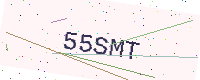
Text: 55SMT